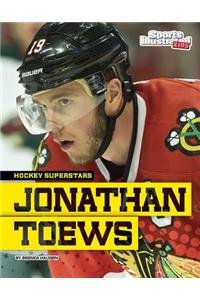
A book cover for Jonathan Toews (Hockey Superstars); Brenda Haugen; Children's Books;